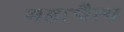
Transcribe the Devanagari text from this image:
महाचैत्य